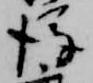
後